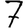
Digit: 7